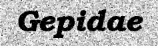
Gepidae